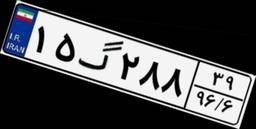
۴۳گ۶۶۴۷۶